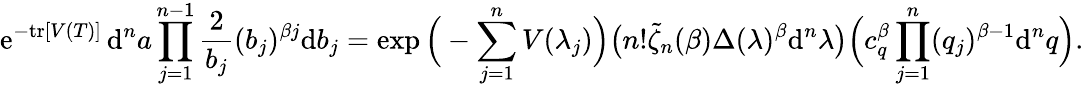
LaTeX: \mathrm{e}^{-\mathrm{tr}[V(T)]}\, \mathrm{d}^{n}a\prod_{j=1}^{n-1}\frac{2}{b_{j}}(b_{j})^{\beta j}\mathrm{d}b_{j}=\exp\Big(-\sum_{j=1}^{n}V(\lambda_{j})\Big)\big(n!\tilde{\zeta}_{n}(\beta)\Delta(\lambda)^{\beta}\mathrm{d}^{n}\lambda\big)\Big(c_{q}^{\beta}\prod_{j=1}^{n}(q_{j})^{\beta-1}\mathrm{d}^{n}q\Big).